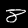
Digit: 8